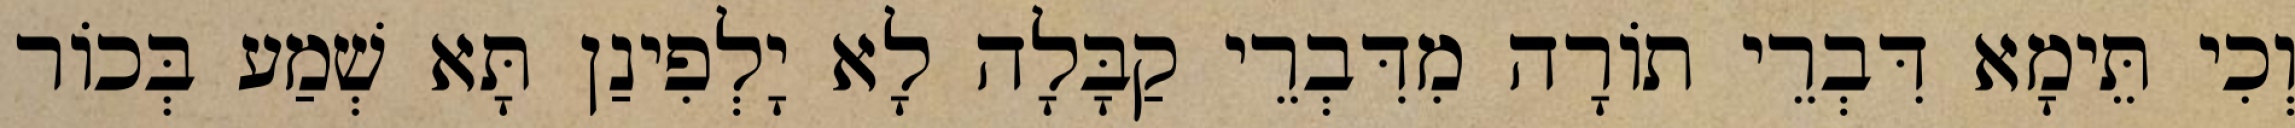
וְכִי תֵּימָא דִּבְרֵי תוֹרָה מִדִּבְרֵי קַבָּלָה לָא יָלְפִינַן תָּא שְׁמַע בְּכוֹר